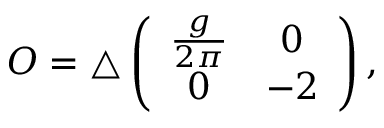
{ \cal O } = \triangle \left( \begin{array} { c c } { { \frac { g } { 2 \pi } } } & { { 0 } } \\ { { 0 } } & { { - 2 } } \end{array} \right) ,